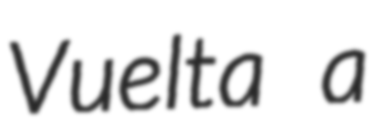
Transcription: Vuelta a